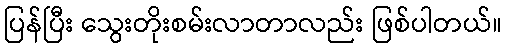
ပြန်ပြီး သွေးတိုးစမ်းလာတာလည်း ဖြစ်ပါတယ်။